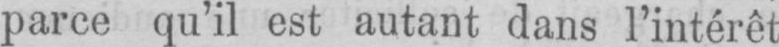
parce qu’il est autant dans l’intérêt